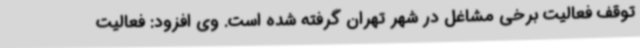
توقف فعالیت برخی مشاغل در شهر تهران گرفته شده است. وی افزود: فعالیت